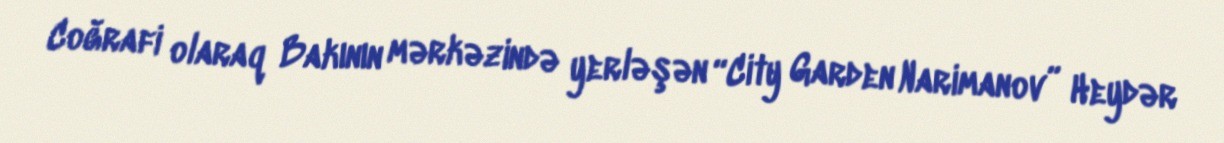
Coğrafi olaraq Bakının mərkəzində yerləşən “City Garden Narimanov” Heydər